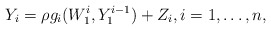
\begin{align*} Y_i={\rho}g_i(W_1^i, Y_1^{i-1})+Z_i,i=1, \ldots, n,\end{align*}